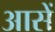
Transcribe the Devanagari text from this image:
आसें